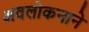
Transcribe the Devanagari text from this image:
अवलोकनाने